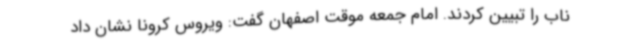
ناب را تبیین کردند. امام جمعه موقت اصفهان گفت: ویروس کرونا نشان داد